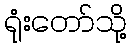
ရုံးတော်သို့